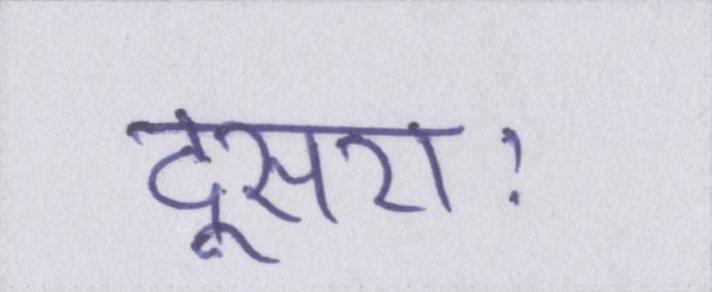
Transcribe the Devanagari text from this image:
दूसराः